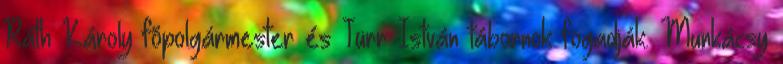
Ráth Károly fõpolgármester és Türr István tábornok fogadják. Munkácsy